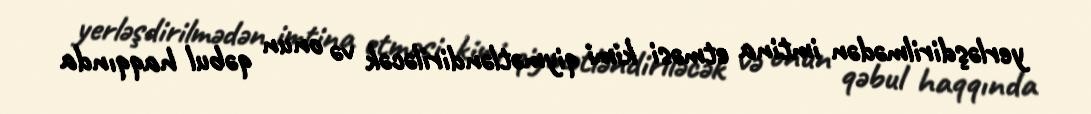
yerləşdirilmədən imtina etməsi kimi qiymətləndiriləcək və onun qəbul haqqında